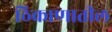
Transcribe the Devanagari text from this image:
ठिकाणातील